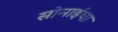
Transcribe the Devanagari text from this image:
सोनाईचा